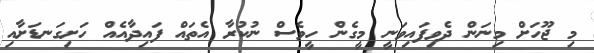
މި ޖޫހަށް މިނަން ދެވިފައިވަނީ މީގެން ހީވެސް ނުކުރާ އެތައް ފައިދާއެއް ހަށިގަނޑަށާއި